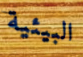
البيئية